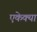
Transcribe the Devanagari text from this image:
एकेक्या